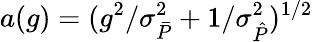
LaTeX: a(g)=(g^{2}/\sigma_{\bar{P}}^{2}+1/\sigma_{\hat{P}}^{2})^{1/2}